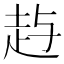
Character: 𰷱